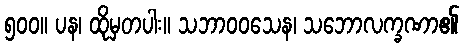
၅၀၀။ ပန၊ ထိုမှတပါး။ သဘာဝဝသေန၊ သဘောလက္ခဏာ၏